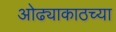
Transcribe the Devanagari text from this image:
ओढ्याकाठच्या